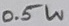
Text: 0.5W